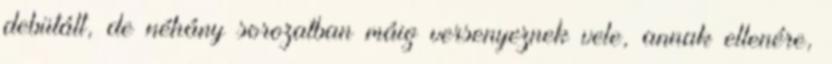
debütált, de néhány sorozatban máig versenyeznek vele, annak ellenére,